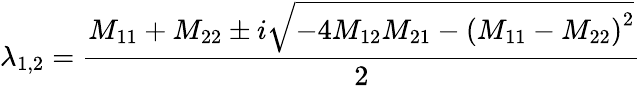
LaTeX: {\lambda}_{1,2}=\frac{M_{11}+M_{22}\pm i\sqrt{-4M_{12}M_{21}-{(M_{11}-M_{22})}^{2}}}{2}